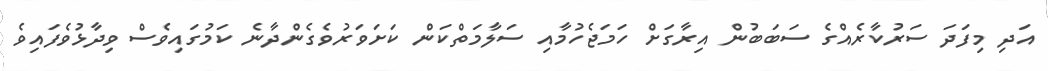
އަދި މިފަދަ ސަރުކާރެއްގެ ސަބަބުން އިރާގަށް ހަމަޖެހުމާއި ސަލާމަތްކަން ކަށަވަރުވެގެންދާނެ ކަމުގައިވެސް ވިދާޅުވެފައިވެ